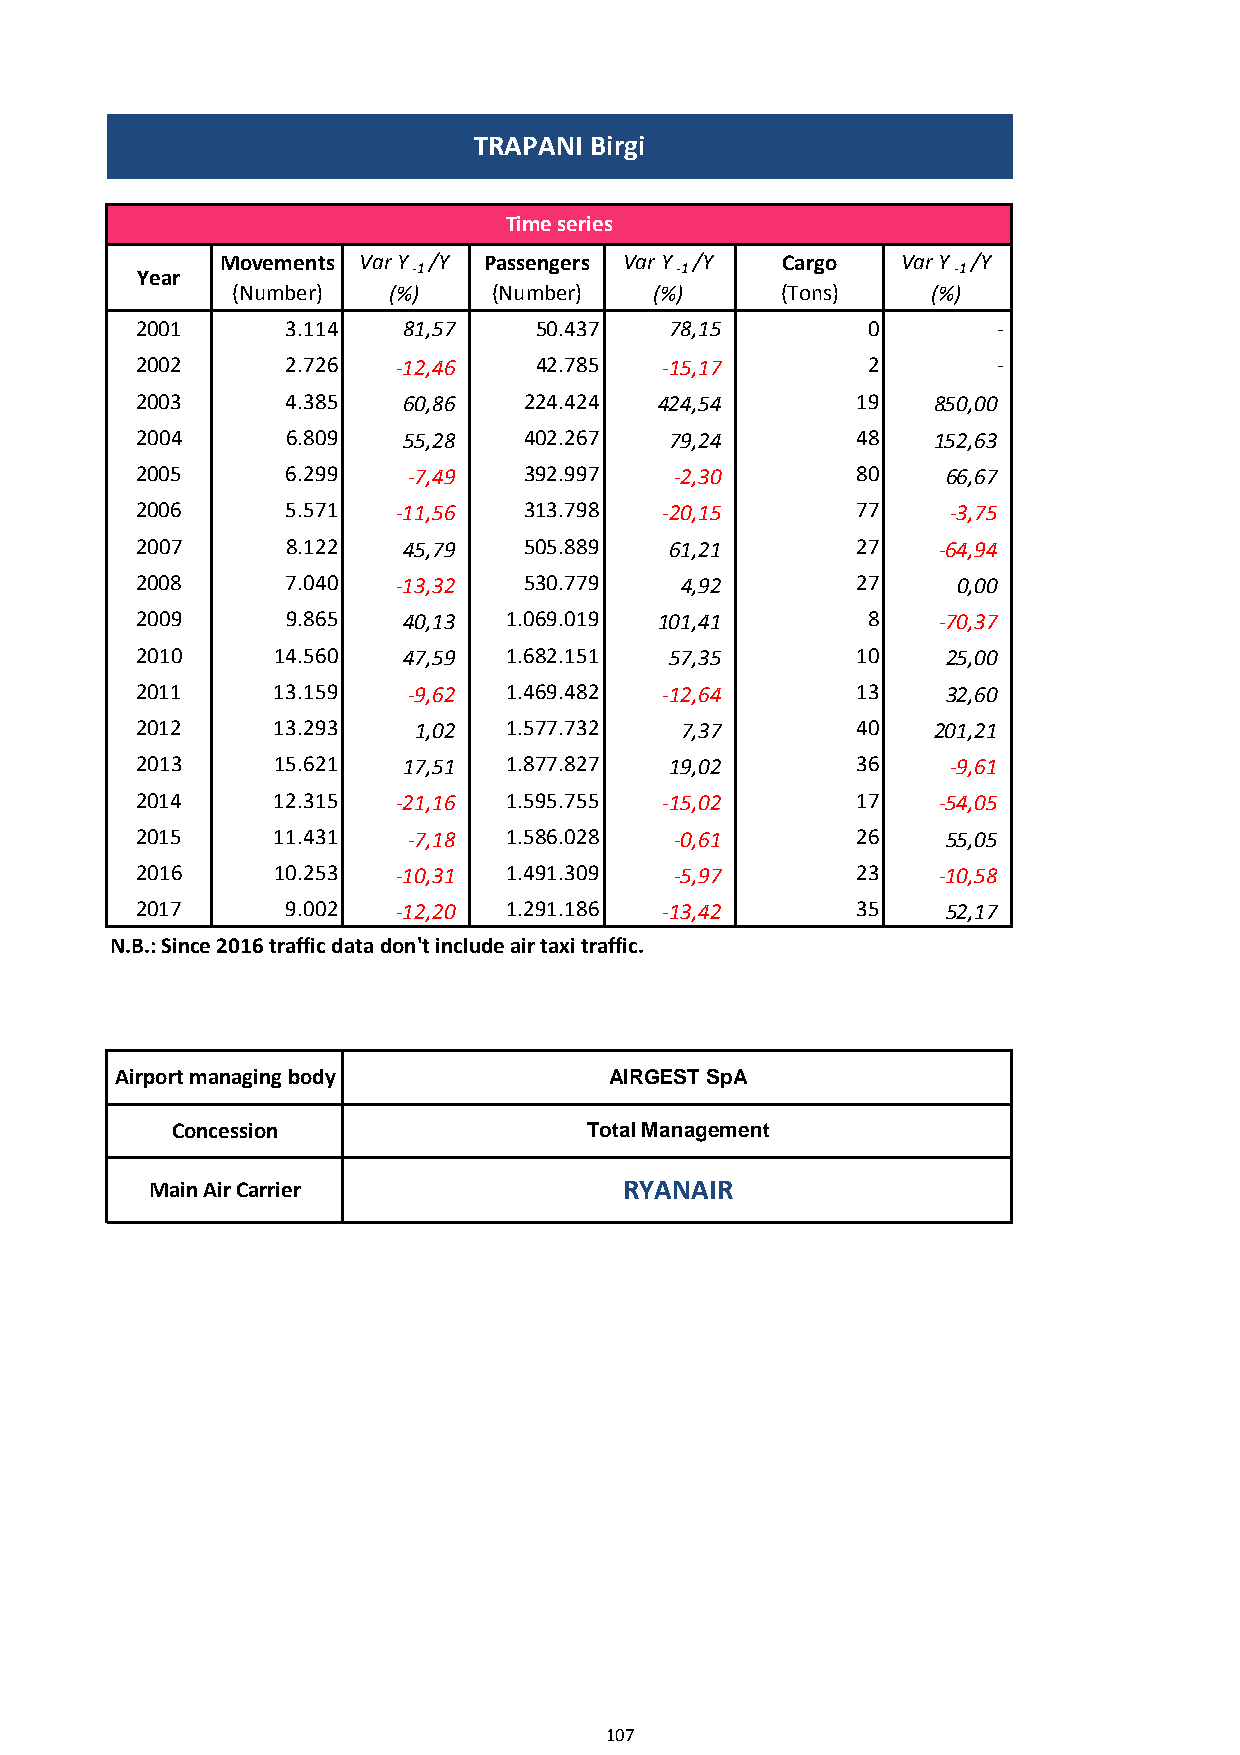
TRAPANI Birgi
 Time series
 Movements Var Y /Y Passengers Var Y /Y Cargo Var Y /Y
 Year              -1                -1                -1
 (Number)   (%)    (Number)  (%)      (Tons)    (%)
 2001      3.114   81,57   50.437   78,15        0        -
 2002      2.726  -12,46   42.785   -15,17       2        -
 2003      4.385   60,86   224.424  424,54       19   850,00
 2004      6.809   55,28   402.267  79,24        48   152,63
 2005      6.299   -7,49   392.997   -2,30       80    66,67
 2006      5.571  -11,56   313.798  -20,15       77    -3,75
 2007      8.122   45,79   505.889  61,21        27   -64,94
 2008      7.040  -13,32   530.779   4,92        27    0,00
 2009      9.865   40,13  1.069.019 101,41       8    -70,37
 2010     14.560   47,59  1.682.151 57,35        10    25,00
 2011     13.159   -9,62  1.469.482 -12,64       13    32,60
 2012     13.293   1,02   1.577.732  7,37        40   201,21
 2013     15.621   17,51  1.877.827 19,02        36    -9,61
 2014     12.315  -21,16  1.595.755 -15,02       17   -54,05
 2015     11.431   -7,18  1.586.028  -0,61       26    55,05
 2016     10.253  -10,31  1.491.309  -5,97       23   -10,58
 2017      9.002  -12,20  1.291.186 -13,42       35    52,17
 N.B.: Since 2016 traffic data don't include air taxi traffic.
 Airport managing body           AIRGEST SpA
 Concession                  Total Management
 Main Air Carrier               RYANAIR
 107